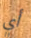
أي